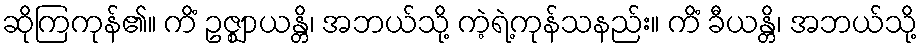
ဆိုကြကုန်၏။ ကိံ ဥဇ္ဈာယန္တိ၊ အဘယ်သို့ ကဲ့ရဲ့ကုန်သနည်း။ ကိံ ခီယန္တိ၊ အဘယ်သို့